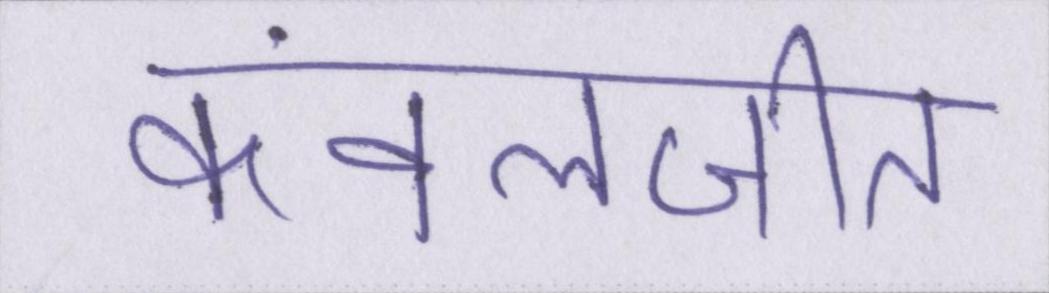
कंवलजीत